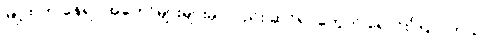
မြို့ထဲက နေရာ အတော်များများမှာလည်း ဆင်ရုပ်တွေကို ရောင်းကြ ပါတယ်။